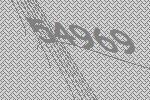
54969